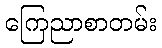
ကြေညာစာတမ်း